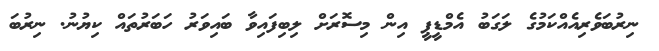
ނިރުބަވެރިއެއްކަމުގެ ލަގަބު އެމްޑީޕީ އިން މިސޮރަށް ލިބިފައިވާ ބައިވަރު ހަބަރުތައް ކިޔުނު. ނިރުބަ